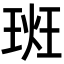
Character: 𪻮